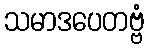
သမာဒပေတဗ္ဗံ